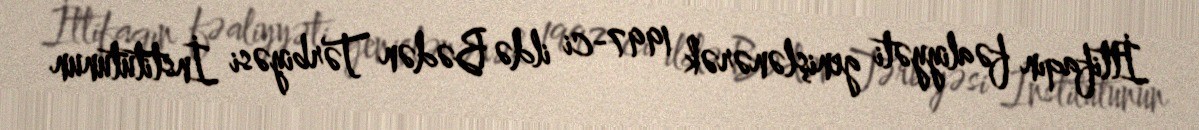
İttifaqın fəaliyyəti genişlənərək 1997-ci ildə Bədən Tərbiyəsi İnstitutunun